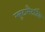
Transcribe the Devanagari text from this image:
ग्लूटामैटर्जिक